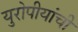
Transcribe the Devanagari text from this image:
युरोपीयांची